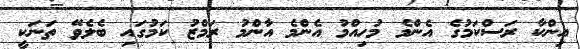
އިންކާ ރަސްކަމުގެ އެންމެ މުހިއްމު އެންމެ އާންމު ރަމްޒު ކަމުގައި ބެލެވޭ ތަނަކީ